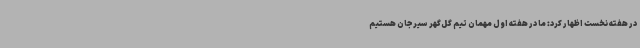
در هفته نخست اظهار کرد: ما در هفته اول مهمان تیم گل‌گهر سیرجان هستیم